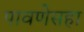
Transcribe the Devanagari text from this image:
पावणेसहा